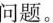
问题。